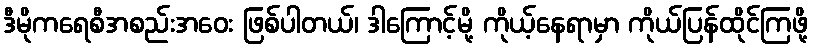
ဒီမိုကရေစီအစည်းအဝေး ဖြစ်ပါတယ်၊ ဒါကြောင့်မို့ ကိုယ့်နေရာမှာ ကိုယ်ပြန်ထိုင်ကြဖို့